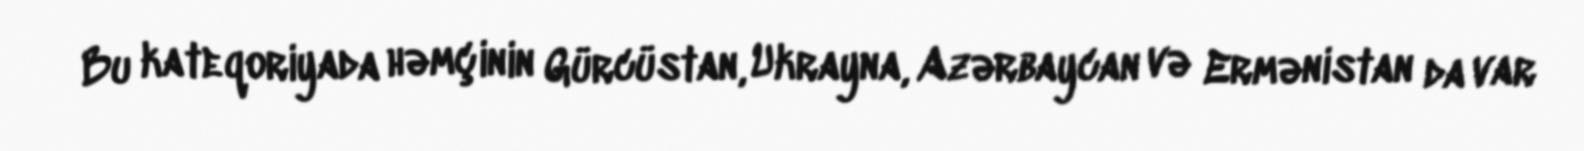
Bu kateqoriyada həmçinin Gürcüstan, Ukrayna, Azərbaycan və Ermənistan da var